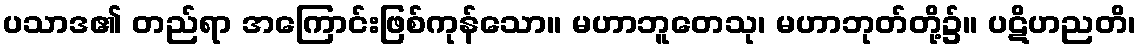
ပသာဒ၏ တည်ရာ အကြောင်းဖြစ်ကုန်သော။ မဟာဘူတေသု၊ မဟာဘုတ်တို့၌။ ပဋိဟညတိ၊